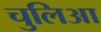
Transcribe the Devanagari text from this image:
चुलिआ